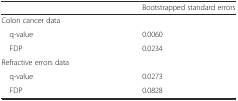
<table><thead><tr><td></td><td><b>Bootstrapped standard errors</b></td></tr></thead><tbody><tr><td>Colon cancer data</td><td></td></tr><tr><td> q-value</td><td>0.0060</td></tr><tr><td> FDP</td><td>0.0234</td></tr><tr><td>Refractive errors data</td><td></td></tr><tr><td> q-value</td><td>0.0273</td></tr><tr><td> FDP</td><td>0.0828</td></tr></tbody></table>